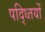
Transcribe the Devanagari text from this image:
पद्ध्तियों